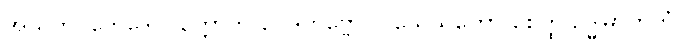
အသုဘပ္ပဘေဒေါ ဝုတ္တောတိ ဝေဒိတဗ္ဗော။ ဝိသေသတော စေတ္ထ ဥဒ္ဓုမာတကံ